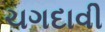
ચગદાવી